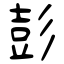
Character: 彭